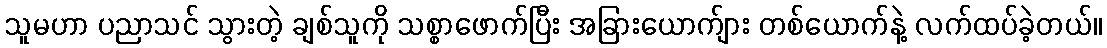
သူမဟာ ပညာသင် သွားတဲ့ ချစ်သူကို သစ္စာဖောက်ပြီး အခြားယောက်ျား တစ်ယောက်နဲ့ လက်ထပ်ခဲ့တယ်။